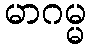
မာဂမ္မ